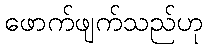
ဖောက်ဖျက်သည်ဟု